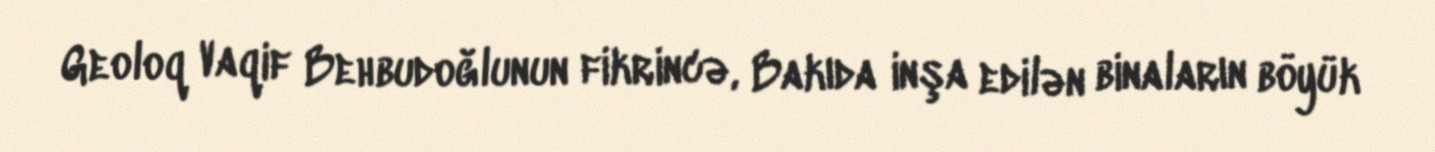
Geoloq Vaqif Behbudoğlunun fikrincə, Bakıda inşa edilən binaların böyük